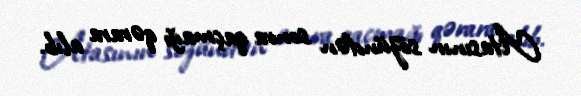
Atasının sözündən sonra qaçmağı qərara alıb.